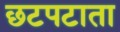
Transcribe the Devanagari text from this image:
छटपटाता